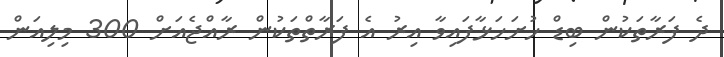
ދެ ފަރާތަކުން ބިޑް ހުށަހަޅާފައިވާ އިރު އެ ފަރާތްތަކުން ރާއްޖެއަށް 300 މިލިއަން